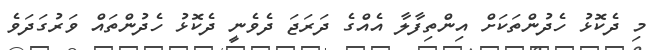
މި ދެކޮޅު ހެދުންތަކަށް އިންތިފާލާ އެއްގެ ދަރަޖަ ދެވެނީ ދެކޮޅު ހެދުންތައް ވަރުގަދަވެ